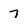
Character: 7